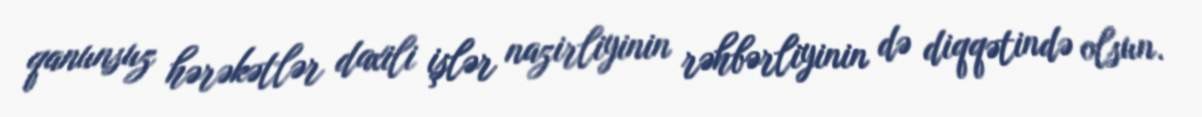
qanunsuz hərəkətlər daxili işlər nazirliyinin rəhbərliyinin də diqqətində olsun.